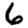
Digit: 6